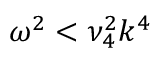
\omega ^ { 2 } < \nu _ { 4 } ^ { 2 } k ^ { 4 }